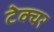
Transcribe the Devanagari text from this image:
टेक्चर